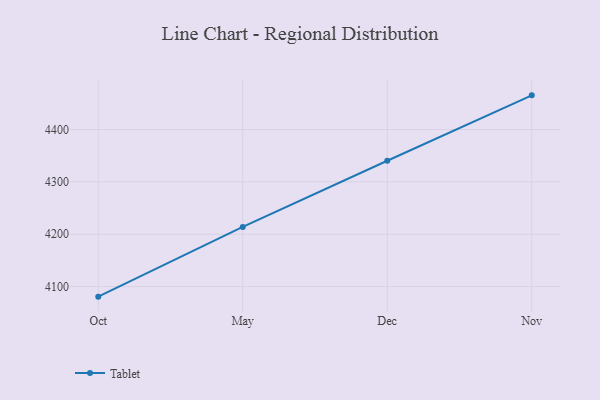
{"axis": {"x": "Month", "y": "Population (Million)"}, "legend": ["Tablet"], "data": [{"x": "Oct", "y": 4080.9, "type": "Tablet"}, {"x": "May", "y": 4214.0, "type": "Tablet"}, {"x": "Dec", "y": 4340.3, "type": "Tablet"}, {"x": "Nov", "y": 4465.1, "type": "Tablet"}]}